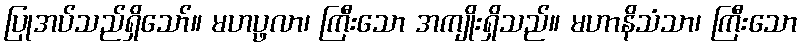
ပြုအပ်သည်ရှိသော်။ မဟပ္ဖလာ၊ ကြီးသော အကျိုးရှိသည်။ မဟာနိသံသာ၊ ကြီးသော